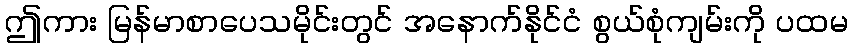
ဤကား မြန်မာစာပေသမိုင်းတွင် အနောက်နိုင်ငံ စွယ်စုံကျမ်းကို ပထမ